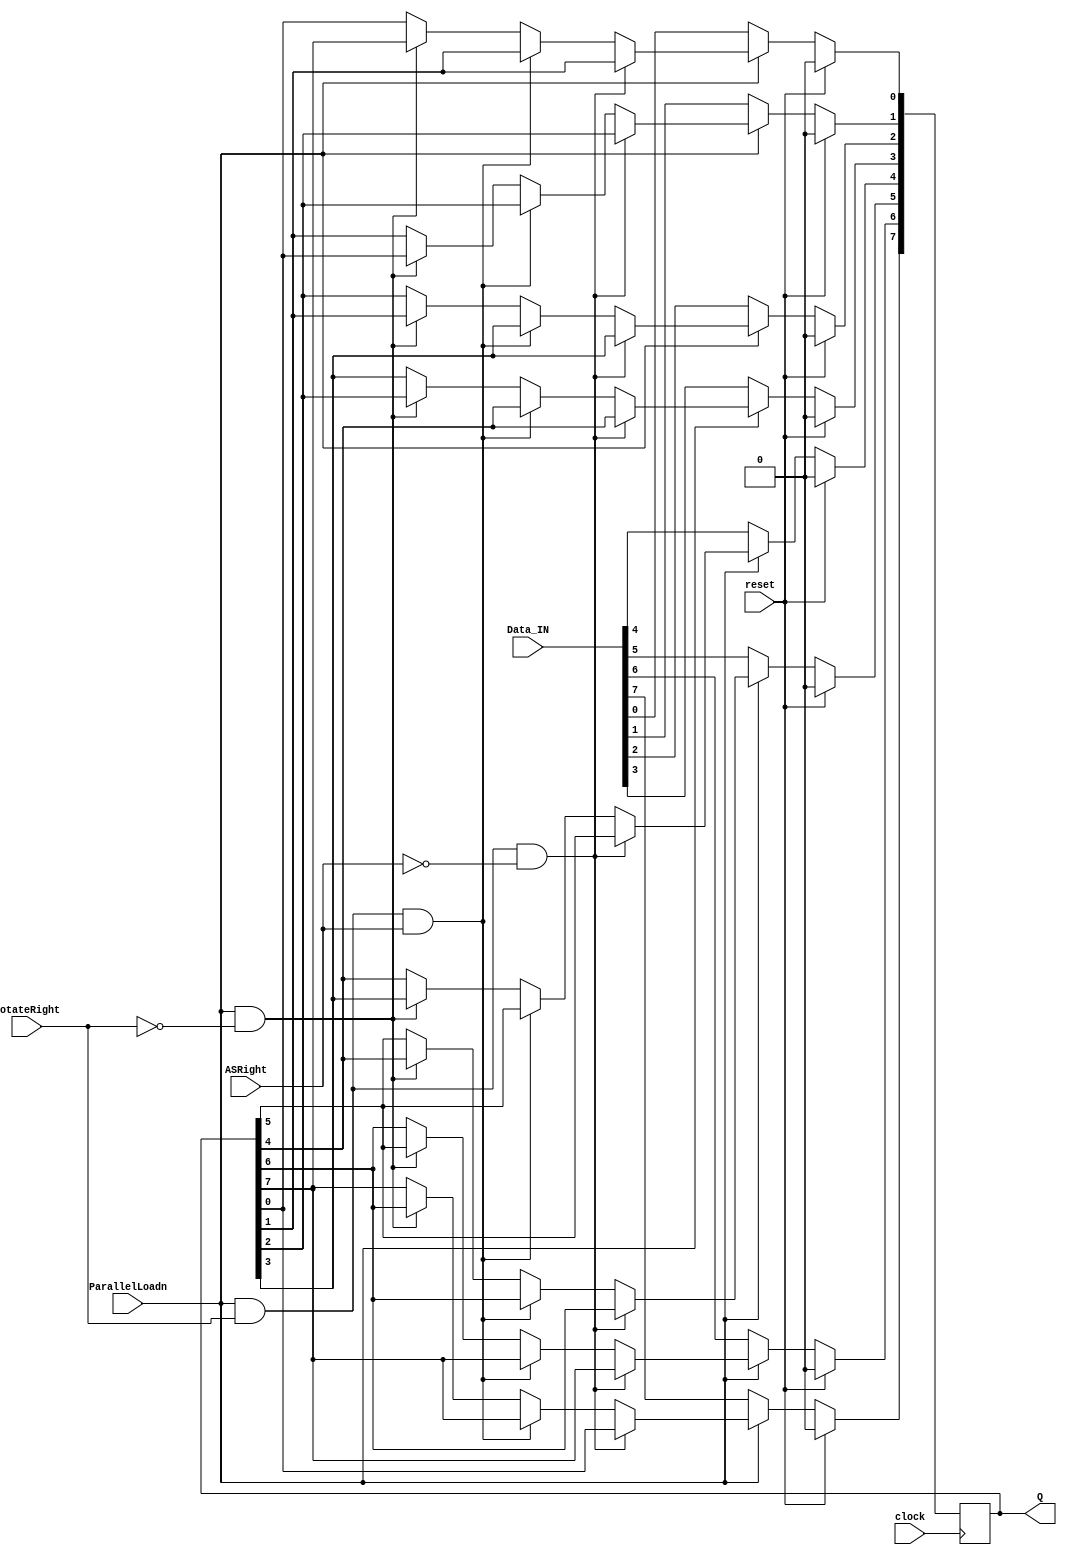
module part3(clock, reset, ParallelLoadn, RotateRight, ASRight, Data_IN, Q);
    input clock, reset, ParallelLoadn, RotateRight, ASRight;
    input [7:0] Data_IN;
    output reg [7:0] Q;

    always @ (posedge clock)
        begin
            if (reset == 1) 
                begin
                    //sync active high reset
                    Q <= 8'b0;
                end
            else if (ParallelLoadn == 0)
                begin
                    //new data load in
                    Q <= Data_IN;
                end
            else if ((ParallelLoadn == 1) & (RotateRight == 1) & (ASRight == 0))
                begin
                    //rotate right
                    Q[7] <= Q[0];
                    Q[6] <= Q[7];
                    Q[5] <= Q[6];
                    Q[4] <= Q[5];
                    Q[3] <= Q[4];
                    Q[2] <= Q[3];
                    Q[1] <= Q[2];
                    Q[0] <= Q[1];
                end
            else if ((ParallelLoadn == 1) & (RotateRight == 1) & (ASRight == 1))
                begin
                    //arithmetic shift right
                    Q[7] <= Q[7];
                    Q[6] <= Q[7];
                    Q[5] <= Q[6];
                    Q[4] <= Q[5];
                    Q[3] <= Q[4];
                    Q[2] <= Q[3];
                    Q[1] <= Q[2];
                    Q[0] <= Q[1];
                end
            else if ((ParallelLoadn == 1) & (RotateRight == 0))
                begin
                    //rotate left
                    Q[7] <= Q[6];
                    Q[6] <= Q[5];
                    Q[5] <= Q[4];
                    Q[4] <= Q[3];
                    Q[3] <= Q[2];
                    Q[2] <= Q[1];
                    Q[1] <= Q[0];
                    Q[0] <= Q[7];
                end
            else
                begin
                    // hold value
                    Q <= Q;
                end
        end
endmodule